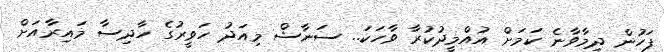
ފަހުން ދިމާވާނެ ކަމަށް އުއްމީދުކުރާ ވާހަކަ.. ސަނާޝް މިއަދު ހަވީރުގެ ހާދިސާ މައިރާއަށް